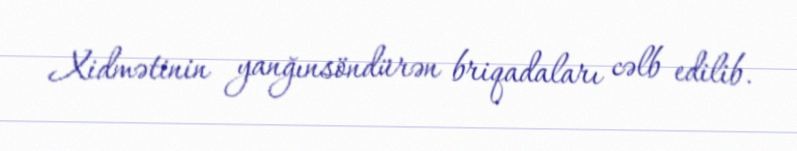
Xidmətinin yanğınsöndürən briqadaları cəlb edilib.